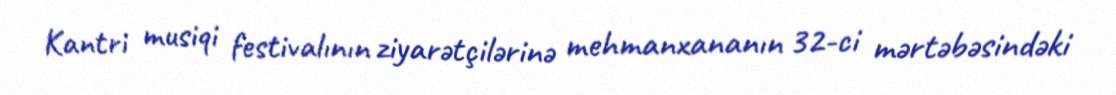
Kantri musiqi festivalının ziyarətçilərinə mehmanxananın 32-ci mərtəbəsindəki